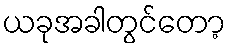
ယခုအခါတွင်တော့